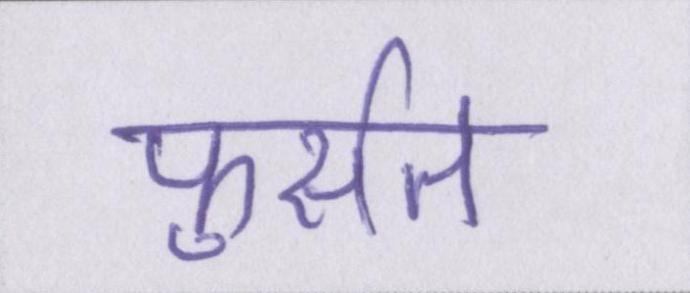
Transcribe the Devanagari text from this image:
फुर्सत